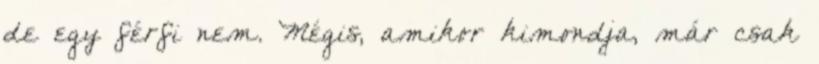
de egy férfi nem. Mégis, amikor kimondja, már csak